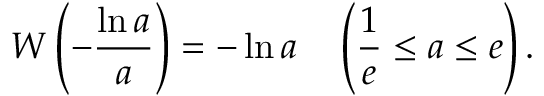
W \left( - { \frac { \ln a } { a } } \right) = - \ln a \quad \left( { \frac { 1 } { e } } \leq a \leq e \right) .